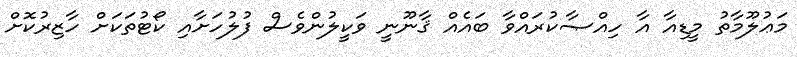
މަޢުލޫމާތު މީޑިއާ އާ ހިއްޞާކުރައްވާ ބައެއް ޤާނޫނީ ވަކީލުންވެސް ފުލުހަށާއި ކޯޓުތަކަށް ހާޒިރުކޮށް